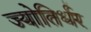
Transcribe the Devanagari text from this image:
ज्योतिर्धर